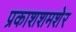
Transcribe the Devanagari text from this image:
प्रकाशशमशेर